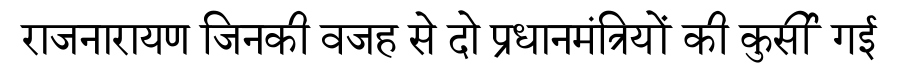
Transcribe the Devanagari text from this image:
राजनारायण जिनकी वजह से दो प्रधानमंत्रियों की कुर्सी गई